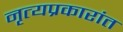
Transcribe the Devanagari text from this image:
नृत्यप्रकारांत